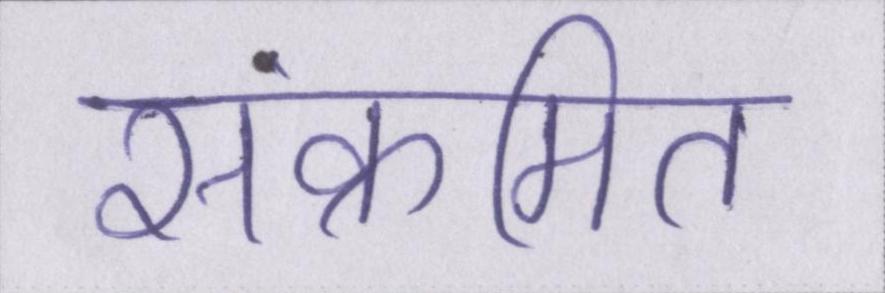
संक्रमित